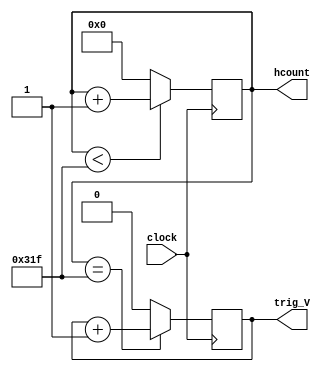
`timescale 1ns / 1ps
module h_counter(clock,hcount,trig_V);
  input clock;
  output [9:0] hcount;
  reg [9:0] hcount;
  output trig_V;
  reg trig_V;
  initial hcount=0;
  initial trig_V=0;
          always @ (posedge clock)
            begin 
              if (hcount <799)
              	begin
                  hcount <= hcount + 1;                
                end  
                  
              else
              	begin
                  hcount <=0;
                end
            end   
         always @ (posedge clock)
            begin 
              if (hcount ==799)
              	begin
                  trig_V <= trig_V +1;     
                end  
                  
              else
              	begin
                  trig_V <=0;
                end
            end   
               
endmodule